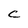
Character: C